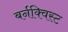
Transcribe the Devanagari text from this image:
बर्नक्विस्ट